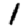
Digit: 1